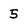
Character: 5